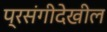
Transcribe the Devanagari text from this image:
प्रसंगीदेखील